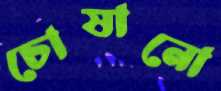
চোষানো